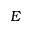
E